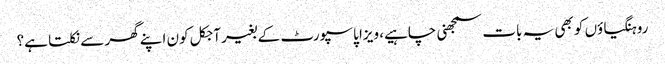
روہنگیاؤں کو بھی یہ بات سمجھنی چاہیے، ویزا پاسپورٹ کے بغیر آجکل کون اپنے گھر سے نکلتا ہے؟